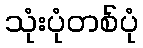
သုံးပုံတစ်ပုံ